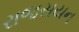
રાજસયન